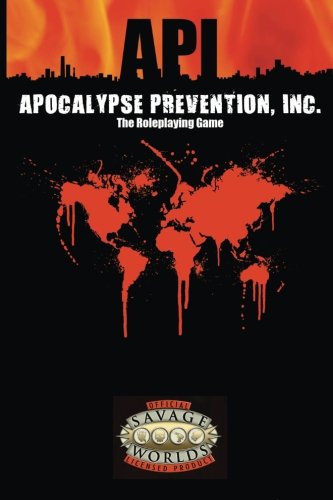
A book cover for Apocalypse Prevention, Inc. (3EG001SW, Savage Worlds); Eloy Lasanta; Science Fiction & Fantasy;